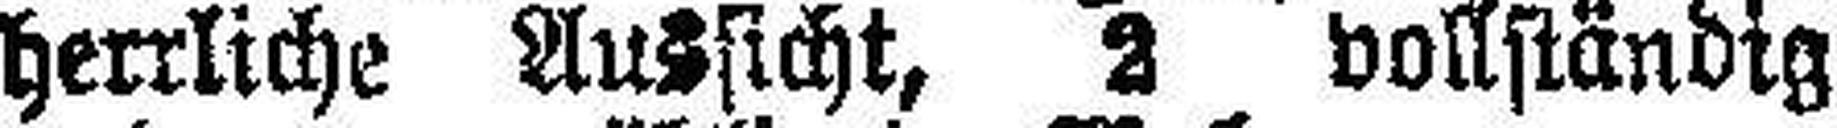
herrliche Aussicht, 2 vollständig